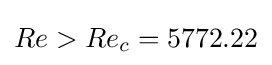
Re>Re_{c}=5772.22